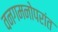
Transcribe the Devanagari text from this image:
वनगमनोपरांत